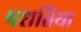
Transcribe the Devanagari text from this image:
पशतिया